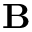
\mathbf { B }